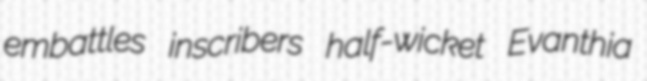
embattles inscribers half-wicket Evanthia